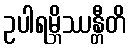
ဥပါရမ္ဘိဿန္တီတိ